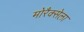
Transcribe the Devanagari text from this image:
मोरैक्सेला